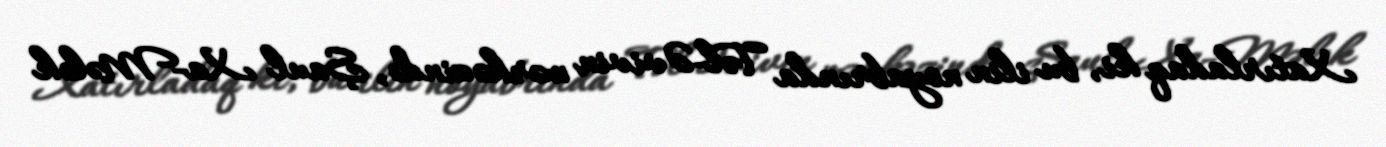
Xatırladaq ki, bu ilin noyabrında Təl-Əvivin mərkəzində, Şaul Xa-Mələk